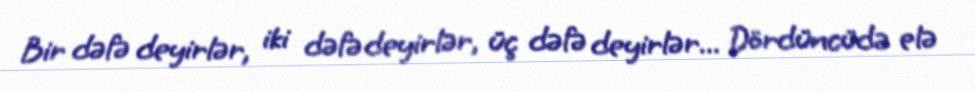
Bir dəfə deyirlər, iki dəfə deyirlər, üç dəfə deyirlər... Dördüncüdə elə